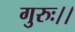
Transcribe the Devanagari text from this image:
गुरुः।।